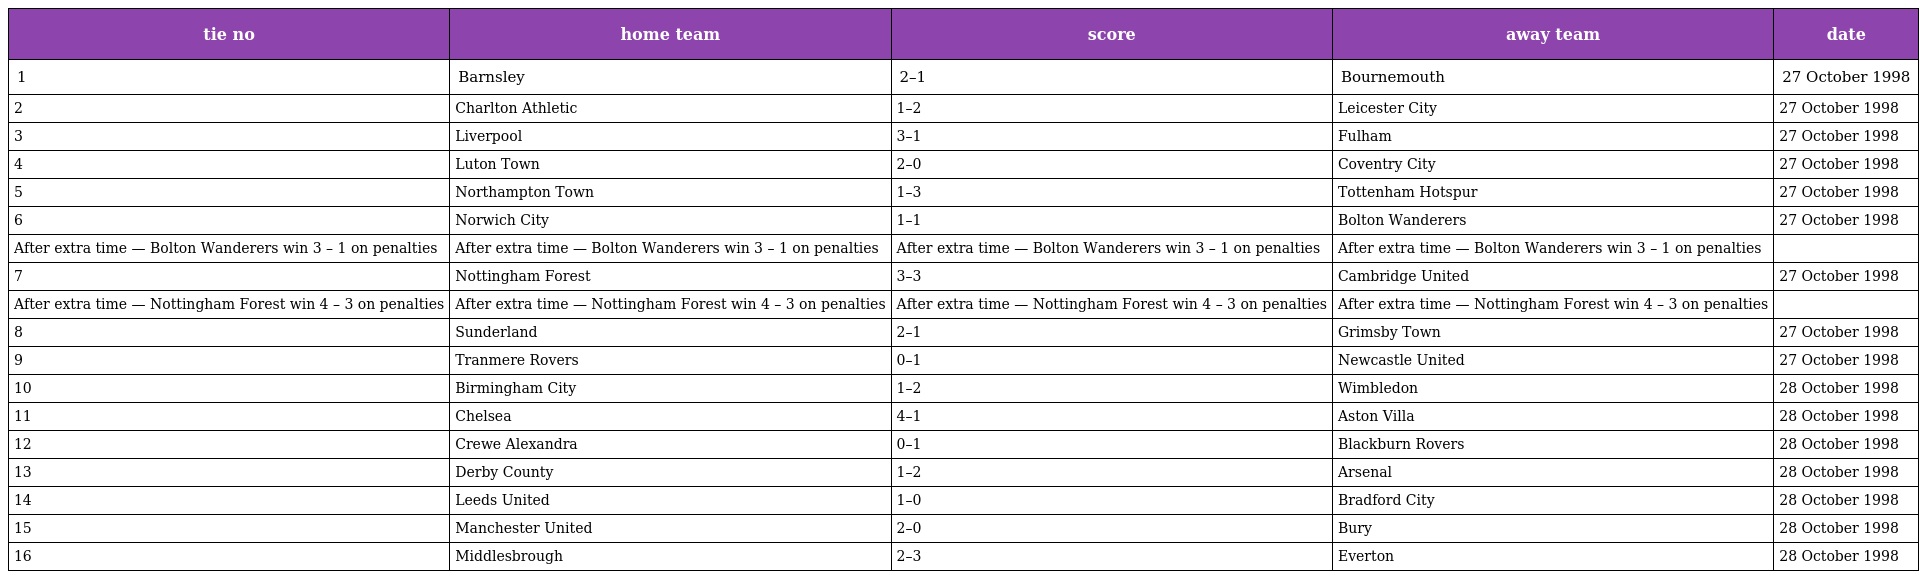
| tie no | home team | score | away team | date |
 | --- | --- | --- | --- | --- |
 | 1 | Barnsley | 2–1 | Bournemouth | 27 October 1998 |
 | 2 | Charlton Athletic | 1–2 | Leicester City | 27 October 1998 |
 | 3 | Liverpool | 3–1 | Fulham | 27 October 1998 |
 | 4 | Luton Town | 2–0 | Coventry City | 27 October 1998 |
 | 5 | Northampton Town | 1–3 | Tottenham Hotspur | 27 October 1998 |
 | 6 | Norwich City | 1–1 | Bolton Wanderers | 27 October 1998 |
 | After extra time — Bolton Wanderers win 3 – 1 on penalties | After extra time — Bolton Wanderers win 3 – 1 on penalties | After extra time — Bolton Wanderers win 3 – 1 on penalties | After extra time — Bolton Wanderers win 3 – 1 on penalties |  |
 | 7 | Nottingham Forest | 3–3 | Cambridge United | 27 October 1998 |
 | After extra time — Nottingham Forest win 4 – 3 on penalties | After extra time — Nottingham Forest win 4 – 3 on penalties | After extra time — Nottingham Forest win 4 – 3 on penalties | After extra time — Nottingham Forest win 4 – 3 on penalties |  |
 | 8 | Sunderland | 2–1 | Grimsby Town | 27 October 1998 |
 | 9 | Tranmere Rovers | 0–1 | Newcastle United | 27 October 1998 |
 | 10 | Birmingham City | 1–2 | Wimbledon | 28 October 1998 |
 | 11 | Chelsea | 4–1 | Aston Villa | 28 October 1998 |
 | 12 | Crewe Alexandra | 0–1 | Blackburn Rovers | 28 October 1998 |
 | 13 | Derby County | 1–2 | Arsenal | 28 October 1998 |
 | 14 | Leeds United | 1–0 | Bradford City | 28 October 1998 |
 | 15 | Manchester United | 2–0 | Bury | 28 October 1998 |
 | 16 | Middlesbrough | 2–3 | Everton | 28 October 1998 |